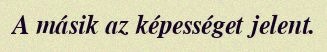
A másik az képességet jelent.